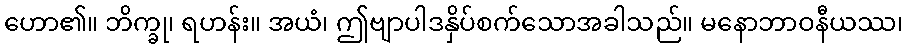
ဟော၏။ ဘိက္ခု၊ ရဟန်း။ အယံ၊ ဤဗျာပါဒနှိပ်စက်သောအခါသည်။ မနောဘာဝနီယဿ၊